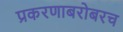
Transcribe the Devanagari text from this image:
प्रकरणाबरोबरच